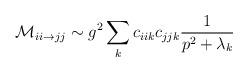
LaTeX: \begin{align*}{\cal M}_{ii \rightarrow jj} \sim g^2 \sum_{k} c_{iik} c_{jjk} \frac{1}{p^2 + \lambda_k}\end{align*}